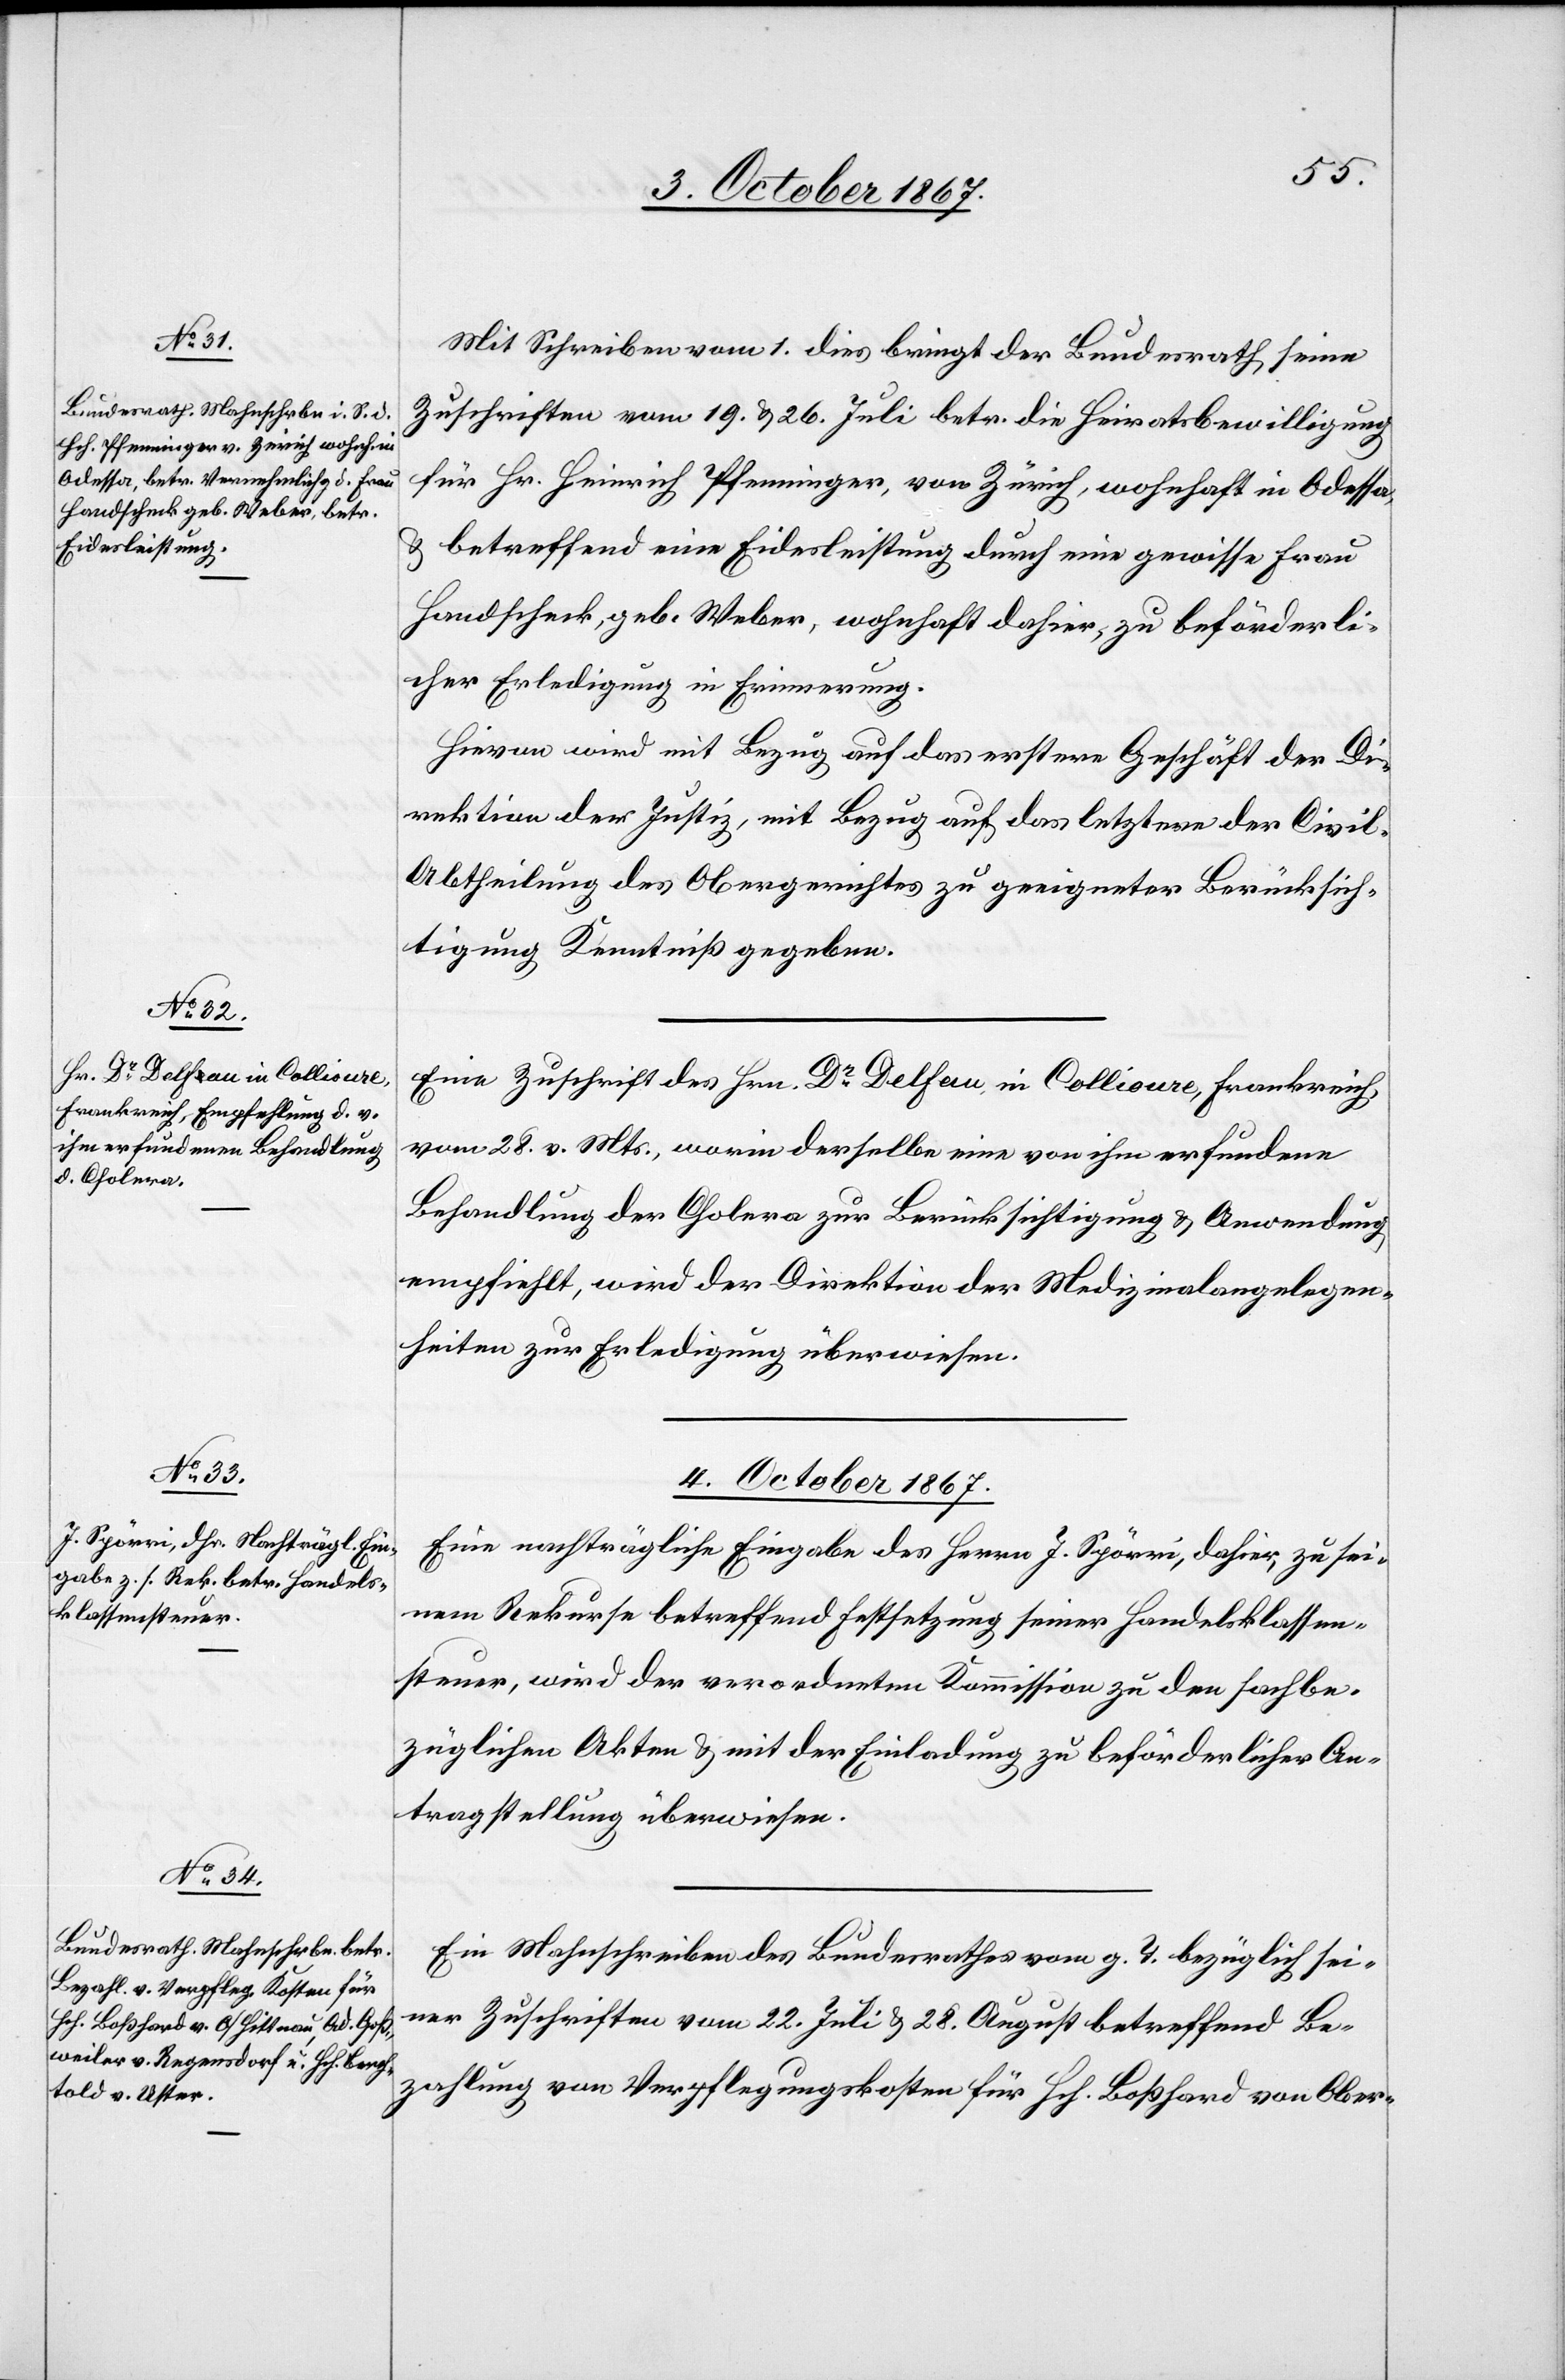
3. October 1867.]
Mit Schreiben vom 1. dies bringt der Bundesrath seine
Zuschriften vom 19. u. 26. Juli betr. die Heiratsbewilligung
für Hr. Heinrich Pfenninger, von Zürich, wohnhaft in Odessa,
u. betreffend eine Eidesleistung durch eine gewisse Frau
Handschenk geb. Weber, wohnhaft dahier, zu beförderli¬
cher Erledigung in Erinnerung.
Hievon wird mit Bezug auf das erstere Geschäft der Di¬
rektion der Justiz, mit Bezug auf das letztere der Civil-A¬
btheilung des Obergerichtes zu geeigneter Berücksich¬
tigung Kenntniß gegeben.
Eine Zuschrift des Hrn. Dr Delfan, in Collioure, Frankreich,
vom 26. v. Mts., worin derselbe in von ihm erfundene
Behandlung der Cholera zur Berücksichtigung u. Anwendung
empfiehlt, wird der Direktion der Medizinalangelegen¬
heiten zur Erledigung überwiesen.
4. October 1867.]
Eine nachträgliche Eingabe des Herrn J. Spörri, dahier, zu sei¬
nem Rekurs betreffend Festsetzung seiner Handelsklassen¬
steuer, wird der verordneten Kommission zu den sachbe¬
züglichen Akten u. mit der Einladung zu beförderlicher An¬
tragstellung überwiesen.
Ein Mahnschreiben des Bundesrathes vom g. T. bezüglich sei¬
ner Zuschriften vom 22. Juli u. 28. August betreffend Be¬
zahlung von Verpflegungskosten für Hch. Boßhard von Ober-